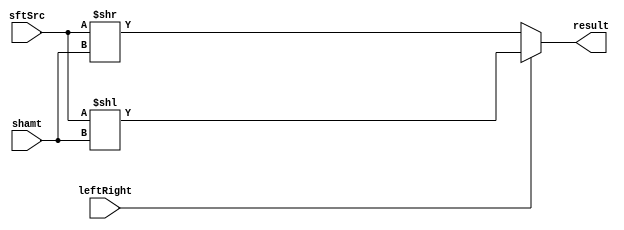
module Shifter( result, leftRight, shamt, sftSrc  );
    
  output wire[31:0] result;

  input wire leftRight;
  input wire[4:0] shamt;
  input wire[31:0] sftSrc ;
  
  /*your code here*/ 
wire [31:0]right,left;
wire counter;
assign right = sftSrc>>shamt;
assign left = sftSrc<<shamt;
assign result = (leftRight == 1)? left:right;
endmodule